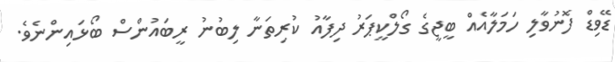
ޑޭވިޑް ފޮނުވާލި ހަމަލާއެއް ބީޖީގެ ގޯލްކީޕަރު ދިފާއު ކުރިތަނާ ލިބުނު ރީބައުންސް ބޯޅައިންނެވެ.